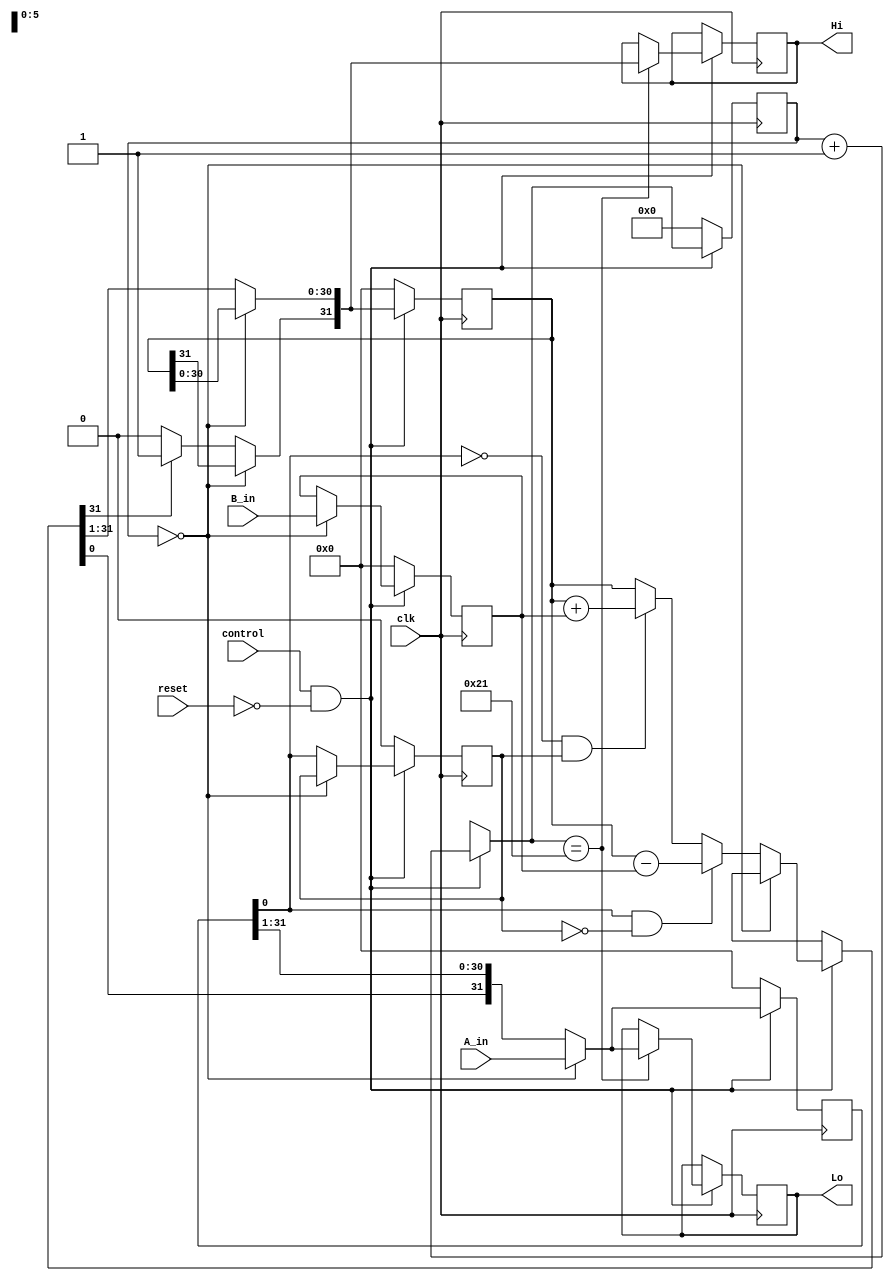
module mult(
    input wire clk,
    input wire reset,
    input wire control, 
      input wire [31:0] A_in,
      input wire [31:0] B_in, 
      output reg [31:0] Hi,
      output reg [31:0] Lo
);

    reg [31:0] M; //multiplicando
    reg [31:0] Q;   //multiplicador
    reg Q1;
    reg [31:0] A;
      reg [5:0] counter; //operao em at 32 ciclos

      reg aux = 1;

  always @ (posedge clk) begin

    if(control == 1'b1 && reset == 1'b0) begin

      if(counter == 6'b000000) begin

        Q = A_in;
        M = B_in;
        counter = counter + 1;

      end
      else begin

        if(Q[0] == 1'b1 && Q1 == 1'b0) begin

          A = A - M;

        end

        else if(Q[0] == 1'b0 && Q1 == 1'b1) begin

          A = A + M;

        end

        {A, Q, Q1} = {A, Q, Q1} >> 1'b1;


        if(A[30] == 1'b1) begin

          A[31] = 1'b1;

        end

        counter = counter + 1;

      end //else

      if(counter == 6'b100001) begin

        Lo = Q;
        Hi = A;

      end


    end //if1

    else begin

      counter = 6'b000000;
      Q = 32'b00000000000000000000000000000000;
      M = 32'b00000000000000000000000000000000;
      Q1 = 1'b0;
      A = 32'b00000000000000000000000000000000;

    end

  end //always

endmodule